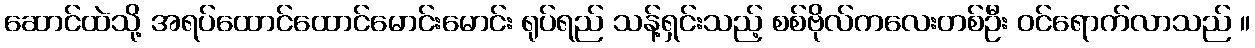
ဆောင်ထဲသို့ အရပ်ထောင်ထောင်မောင်းမောင်း ရုပ်ရည် သန့်ရှင်းသည့် စစ်ဗိုလ်ကလေးတစ်ဦး ဝင်ရောက်လာသည် ။